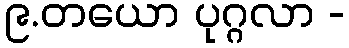
၉.တယော ပုဂ္ဂလာ -